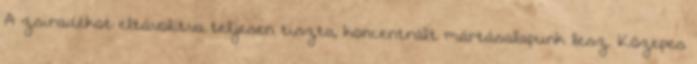
A zsiradékot eltávolítva teljesen tiszta, koncentrált mártásalapunk lesz. Közepes